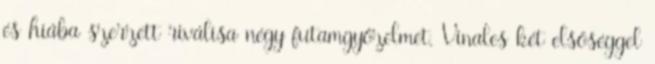
és hiába szerzett riválisa négy futamgyőzelmet, Viñales két elsőséggel